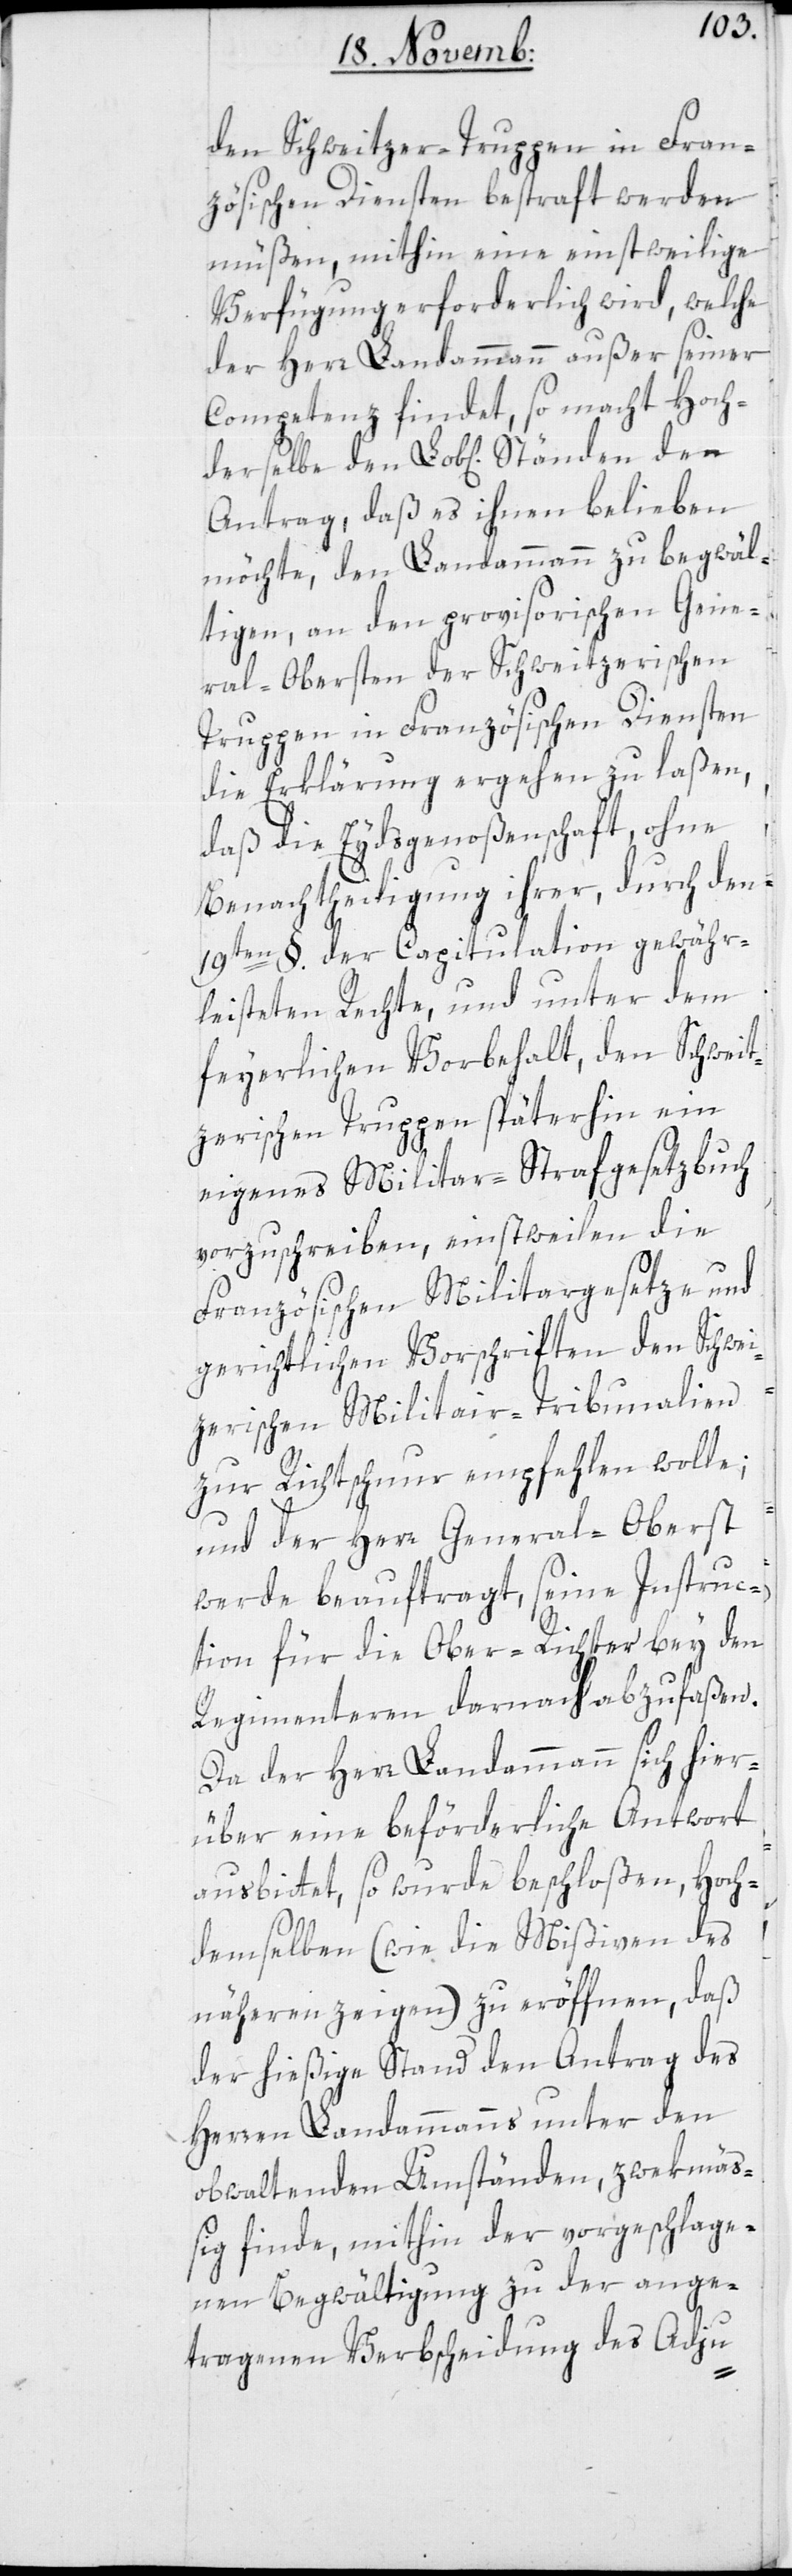
den Schweitzer-Truppen in Fran¬
zösischen Diensten bestraft werden
müßen, mithin eine einstweilige
Verfügung erforderlich wird, welche
der Herr Landammann außer seiner
Competenz findet, so macht Hoche¬
Antrag, daß es ihnen belieben
möchte, den Landammann zu begwäl¬
tigen, an den provisorischen Gene¬
ral-Obersten der Schweitzerischen
Truppen in Französischen Diensten
die Erklärung ergehen zu laßen,
daß die Eydsgenoßenschaft ohne
Benachtheiligung ihrer, durch den
19ten §. der Capitulation gewähr¬
leisteten Rechte, und unter dem
feyerlichen Vorbehalt, den Schweit¬
zerischen Truppen späterhin ein
eigenes Militar-Strafgesetzbuch
vorzuschreiben, einstweilen die
Französischen Militargesetze und
gerichtlichen Vorschriften den Schwei¬
zerischen Militair-Tribunalien
zur Richtschnur empfehlen wolle;
und der Herr General-Oberst
werde beauftragt, seine Instruc¬
tion für die Ober-Richter bey den
Regimentern darnach abzufaßen.
Da der Herr Landammann sich hier¬
über eine beförderliche Antwort
ausbittet, so wurde beschloßen, Hoch¬
demselben (wie die Mißiven des
Näheren zeigen) zu eröffnen, daß
der hießige Stand den Antrag des
Herren Landammanns unter den
obwaltenden Umständen, zwekmäß¬
ig finde, mithin der vorgeschlage¬
nen Begwältigung zu der ange¬
tragenen Verbescheidung des Adju-
rselbe